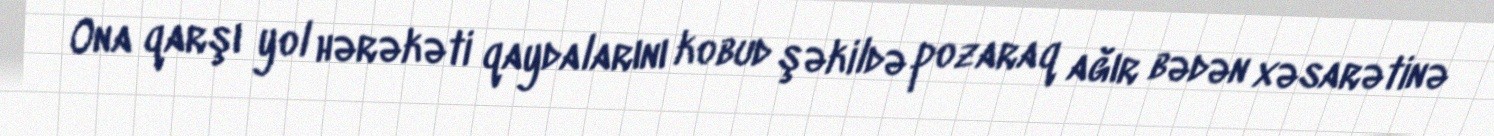
Ona qarşı yol hərəkəti qaydalarını kobud şəkildə pozaraq ağır bədən xəsarətinə